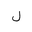
Letter: _lam